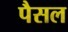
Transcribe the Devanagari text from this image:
पैसल